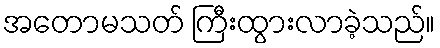
အတောမသတ် ကြီးထွားလာခဲ့သည်။